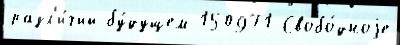
разл'и́чий бу́дущем 150971 Свобо́дноjе